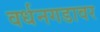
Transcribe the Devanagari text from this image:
वर्धनगडावर